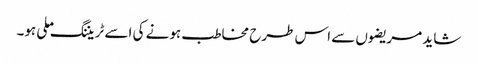
شاید مریضوں سے اس طرح مخاطب ہونے کی اسے ٹریننگ ملی ہو۔